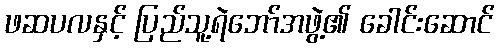
ဖဆပလနှင့် ပြည်သူ့ရဲဘော်အဖွဲ့၏ ခေါင်းဆောင်